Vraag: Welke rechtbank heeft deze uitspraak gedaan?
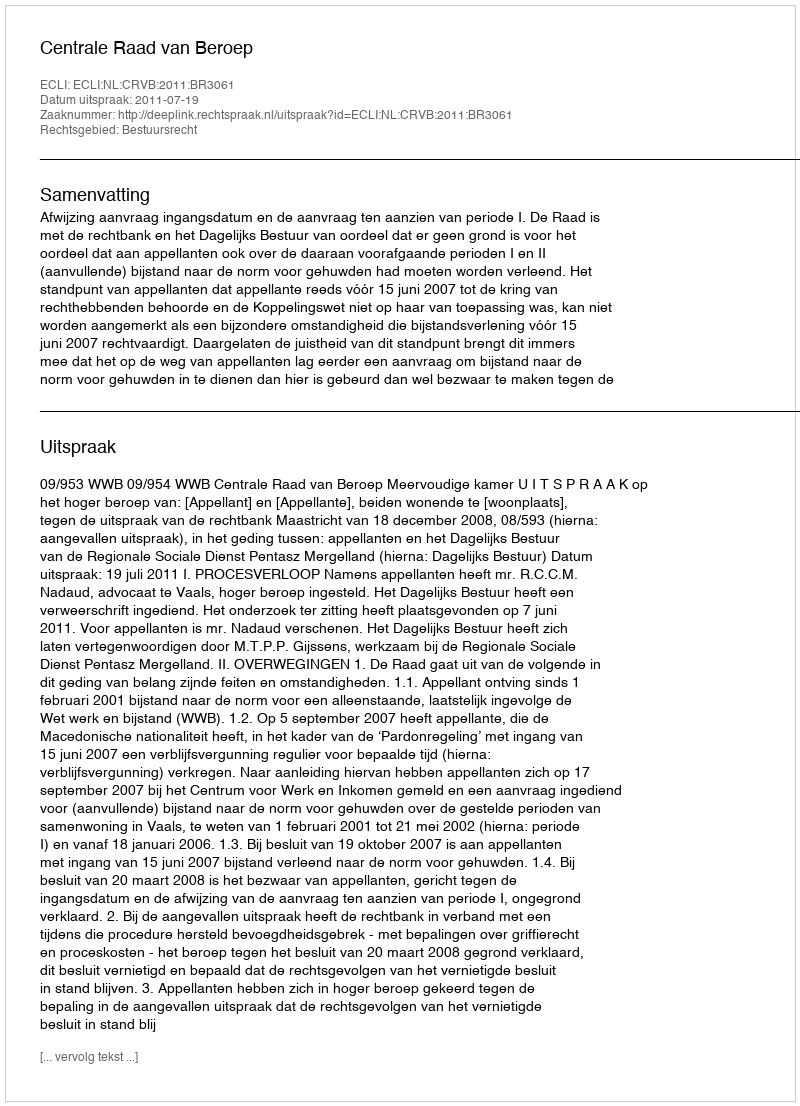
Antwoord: Centrale Raad van Beroep